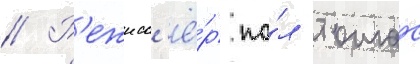
// Р'ежисс'ё́р по́л томас